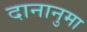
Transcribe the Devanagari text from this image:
दानानुमा